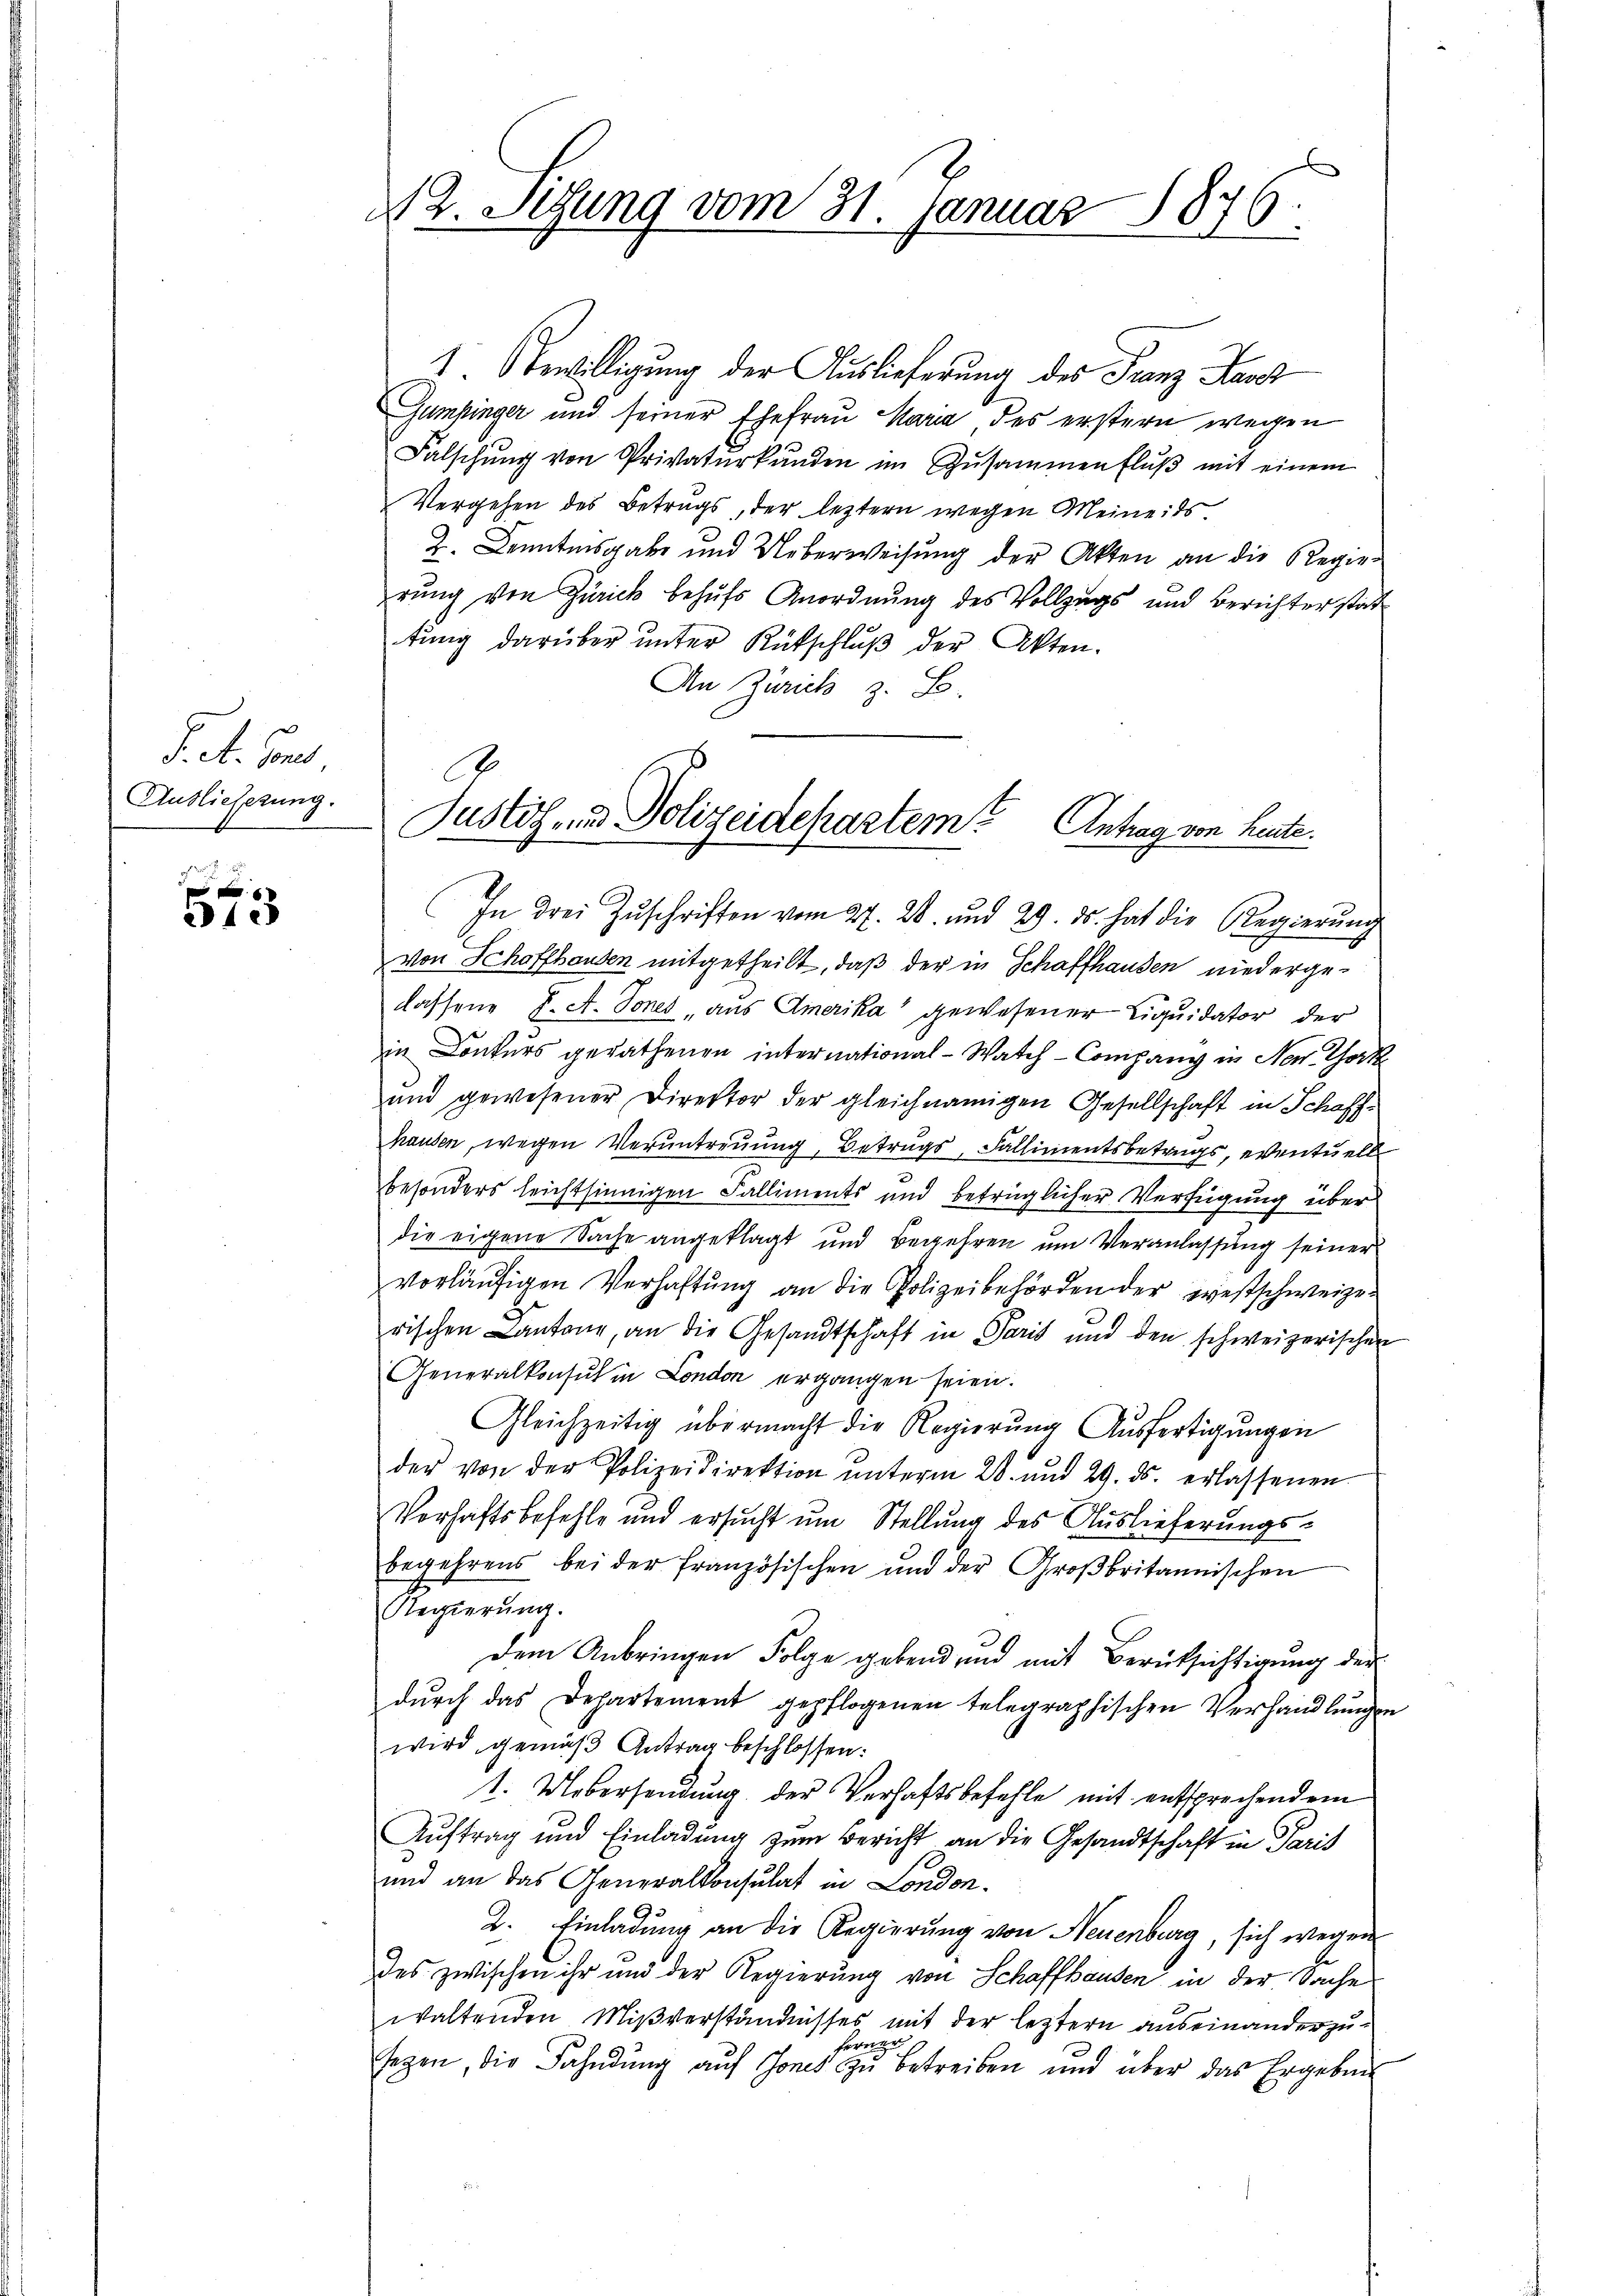
P. et. In
Auslieferung.

423

N 2. Setzung vom 31. Januar 1876.

1. Bewilligung der Auslieferung des Franz Hand
Gumpinger und seiner Ehefrau Maria des erstern wegen
Falschung von Privaturkunden im Zusammenfluß mit einem
Vergehen des Betrugs, der leztern wegen Meine: Es
Z. Denntnisgabe und Ueberweisung der Akten an die Regierung von Zürich behufs Anordnung des Vollzugs und Berichter statt
tŭng darüber ŭnter Rütschlŭβ der Akten.
An Zürich z. B.
von Schaffhausen mitgetheilt, daß der in Schaffhausen niedergelassene J. A. Tones „aus Amerika gewesener Liquidator der
in Conkurs gerathenen international-Watch - Company in New York
und gewesener Direktor der gleichnamigen Gesellschaft in Schaff-
hausen, wegen Verantreuung, Betrugs, Fallimentsbetrags, eventuell
besonders leichtsinnigen Falliments und betrüglicher Verfügung über
die eigene Sache angeklagt und Begehren um Veranlassung seiner
vorläufigen Verhaftung an die Polizeibehörden der westschweizerischen Cantone, an die Gesandtschaft in Paris und den schweizerischen
Generalkonsul in London ergangen seien.
Gleichzeitig übermacht die Regierung Ausfertigungen
der von der Polizeidirektion ŭnterm 28. und 29. ds. erlassenen
Verhaftsbefehle und ersucht um Stellung des Auslieferungsbegehrens bei der französischen und der Großbritannischen
Regierung.
dem Anbringen Folge gebend, und mit Berüksichtigung der
dŭrch das Departement gepflogenen telegraphischen Verhandlŭngen
wird gemäß Antrag beschlossen:
1. Uebersendung der Verhaftsbefehle mit entsprechendem
Auftrag und Einladung zum Bericht an die Gesandtschaft in Paris
und an das Generalkonsulat in London.
2. Einladung an die Regierung von Neuenburg, sich wegen
des zwischen ihr und der Regierung von Schaffhausen in der Sache
waltenden Mißverständnisses mit der leztern auseinanderzuferner
sezen, die Fahndŭng aŭf Sones zŭ betreiben und über das Ergebni

A
Justiz- und Polizeidepartem Antrag von heute.
In drei Zŭschriften vom 27. 28. und 29. ds. hat die Regierŭng